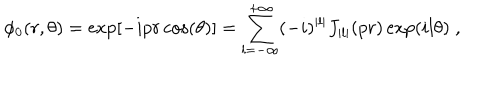
LaTeX: \phi _ { 0 } ( r , \theta ) = \exp \left[ - i p r \cos ( \theta ) \right] = \sum _ { l = - \infty } ^ { + \infty } ( - i ) ^ { | l | } J _ { | l | } ( p r ) \exp ( i l \theta ) \; ,